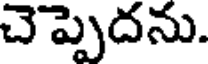
చెప్పెదను.